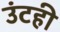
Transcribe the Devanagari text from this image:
उंटही